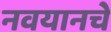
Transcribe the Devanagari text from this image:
नवयानचे